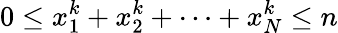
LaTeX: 0\leq x_{1}^{k}+x_{2}^{k}+\cdots+x_{N}^{k}\leq n